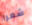
شعرا